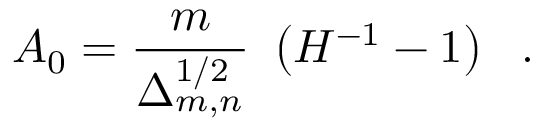
A _ { 0 } = \frac { m } { \Delta _ { m , n } ^ { 1 / 2 } } ~ \left( { H } ^ { - 1 } - 1 \right) ~ ~ .